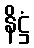
နိဋ္ဌံ